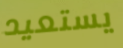
يستعيد